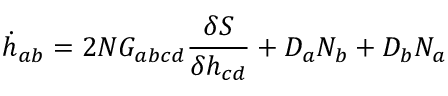
\dot { h } _ { a b } = 2 N G _ { a b c d } \frac { \delta S } { \delta h _ { c d } } + D _ { a } N _ { b } + D _ { b } N _ { a }